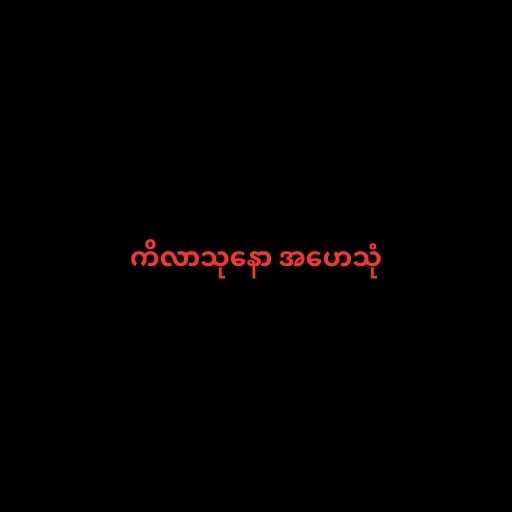
ကိလာသုနော အဟေသုံ